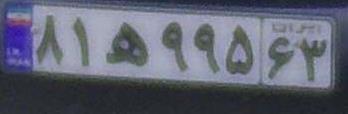
۸۱ه۹۹۵۶۳